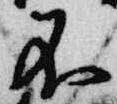
不